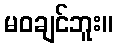
မဝချင်ဘူး။